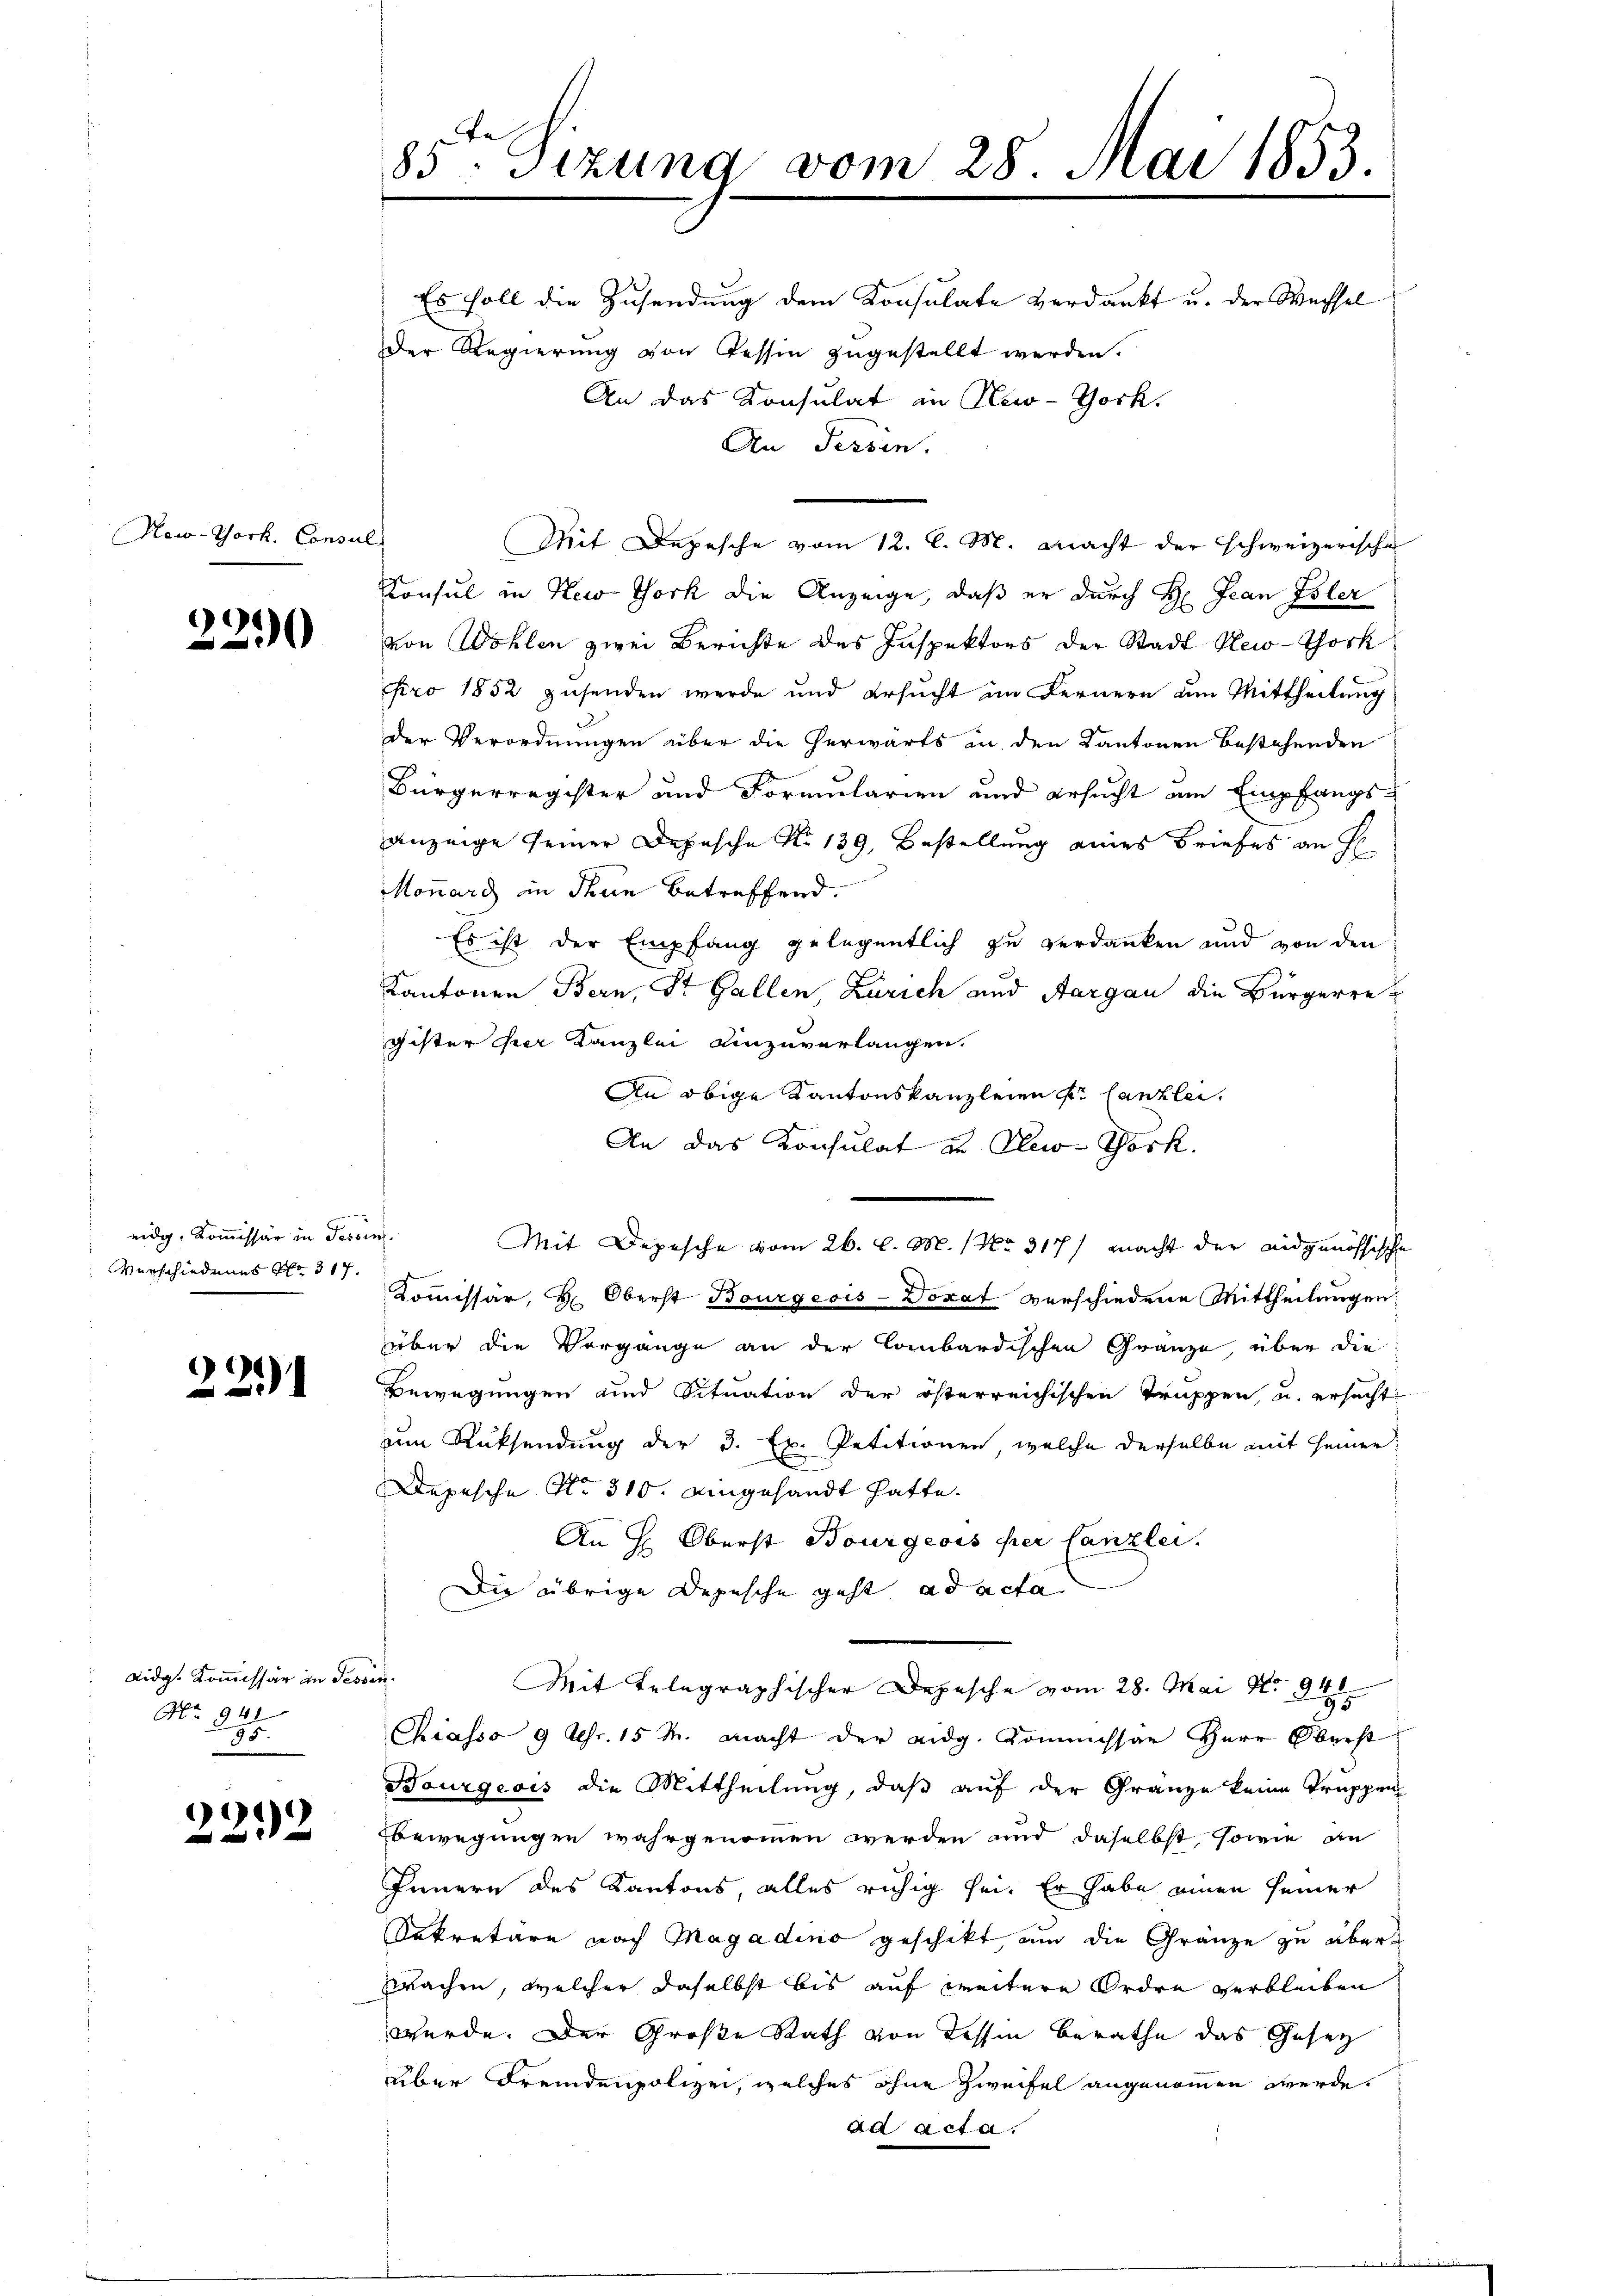
New-York, Consul

9
0

e
eidg. Kommissär in Tessin.
Verschiedenes No 317.

22

Lidg. Kommissär in de
No. 941
95

1
2

85ten Sizung vom 28. Mai 1853.

Es soll die Zusendung dem Konsulate verdankt u. der Wechsel
Der Regierung von Tessin zugestellt werden.
An das Konsulat in New-York,
An Tessin.
Mit Depesche vom 12. l. M. macht der schweizerische
Konsul in New York die Anzeige, daß er durch H: Jean Isler
von Wohlen zwei Berichte des Inspektors der Stadt New-York
pro 1852 zusenden werde und ersucht im Fernern um Mittheilung
der Verordnungen über die Perwärts in den Kantonen bestehenden
Bürgerregister und Formularien und ersucht um Empfangs-
anzeige seiner Depesche No 139, Bestellung eines Briefes an H
Monarg in denn betreffend.
Es ist der Empfang gelegentlich zu verdanken und von den
Kantonen Bern, Dr. Gallen, Zürich und Aargau die Bürgerregister her Kanzlei einzuverlangen.
An obige Kantonskanzleien fr Canzlei,
An das Konsulat an New-York.
Mit Depesche vom 26. d. M. (No. 317/ macht der eidgenössische
Commissär, H. Oberst Bourgeois-Docat verschiedene Mittheilungen
über die Vorgange an der Lombardischen Gränze, über die
Bewegungen und Situation der österreichischen Truppen, u. ersucht
um Rücksendung der 3. Ex. Petitionen, welche derselbe mit seiner
Depesche No. 310. eingesandt hatte.
An H: Oberst Bourgeois per Canzlei.
Die übrige Depesche geht ad acta
¬
Mit Telegraphischer Depesche vom 28. Mai No 94
Chiasso 9 Uhr. 15 M. macht der eidg. Kommissar Herr Oberst
Bourgeois die Mittheilung, daß auf der Gränze keine Truppen
bewegungen wahrgenommen werden und daselbst, sowie an
Innern des Kantons, alles ruhig sei. Er habe einen seiner
Sekretäre nach Magadino geschikt um die Gränze zu überwachen, welcher daselbst bis auf weitere Ordre verbleiben
werde. Der Große Rath von dessen Berathe das Geset
über Fremdenpolizei, welches ohne Zweifel angenommen werde.
ad acta.